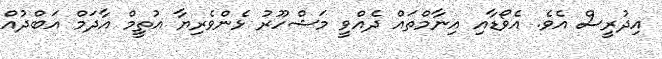
އިދުރީސް އެވެ. އެވޯޑާއި އިނާމްތައް ދެއްވީ މަޝްހޫރު ޅެންވެރިޔާ އުތީމް އާދަމް އަބްދުއް